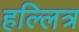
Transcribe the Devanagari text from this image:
हल्लित्र